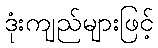
ဒုံးကျည်များဖြင့်